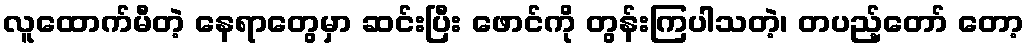
လူထောက်မီတဲ့ နေရာတွေမှာ ဆင်းပြီး ဖောင်ကို တွန်းကြပါသတဲ့၊ တပည့်တော် တော့